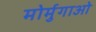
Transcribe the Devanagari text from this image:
मोर्मुगाओ